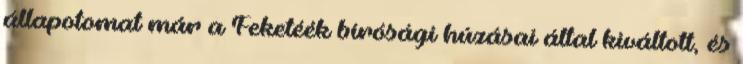
állapotomat már a Feketéék bírósági húzásai által kiváltott, és